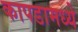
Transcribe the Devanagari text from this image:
कापडामध्ये